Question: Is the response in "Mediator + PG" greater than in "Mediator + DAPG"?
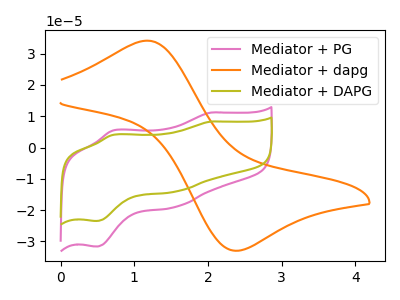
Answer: <think>The pink curve "Mediator + PG" has anodic peaks at (2.05V, 11.20uA) (0.70V, 5.45uA) and cathodic peaks at (1.55V, -18.95uA) (0.50V, -31.65uA). The orange curve "Mediator + dapg" has an anodic peak at (1.15V, 34.15uA) and a cathodic peak at (2.40V, -33.00uA). The olive curve "Mediator + DAPG" has anodic peaks at (2.05V, 8.30uA) (0.70V, 4.05uA) and cathodic peaks at (1.55V, -14.05uA) (0.50V, -23.50uA).
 All the peaks in "Mediator + PG" have a peak in "Mediator + DAPG" at the same potential. Every peak in "Mediator + PG" is higher than every peak in "Mediator + DAPG".</think>
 <answer>"Mediator + PG" has more signal than "Mediator + DAPG".</answer>
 <eval>more_signal</eval>